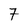
Character: 7